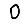
Digit: 0